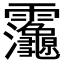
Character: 𮧂